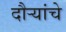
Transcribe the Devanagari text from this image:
दौर्‍यांचे